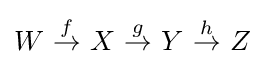
W{\stackrel {f}{\ \to \ }}X{\stackrel {g}{\ \to \ }}Y{\stackrel {h}{\ \to \ }}Z